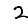
Digit: 2